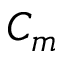
C _ { m }